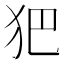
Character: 𤜱